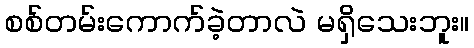
စစ်တမ်းကောက်ခဲ့တာလဲ မရှိသေးဘူး။